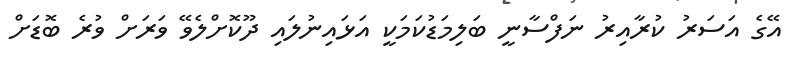
އޭގެ އަސަރު ކުރާއިރު ނަފްސާނީ ބަލިމަޑުކަމަކީ އަޅައިނުލައި ދޫކޮށްލެވޭ ވަރަށް ވުރެ ބޮޑަށް